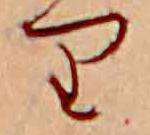
り